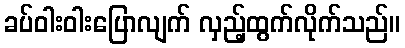
ခပ်ဝါးဝါးပြောလျက် လှည့်ထွက်လိုက်သည်။